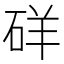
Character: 𥒞